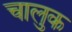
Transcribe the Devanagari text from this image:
चालुक